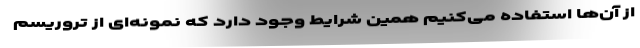
از آن‌ها استفاده می‌کنیم همین شرایط وجود دارد که نمونه‌ای از تروریسم